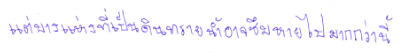
แต่บางแห่งที่เป็นดินทรายน้ำอาจซึมหายไปมากกว่านี้